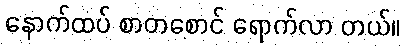
နောက်ထပ် စာတစောင် ရောက်လာ တယ်။